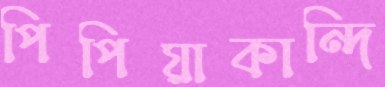
পিপিয়াকান্দি